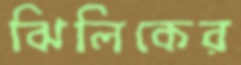
ঝিলিকের